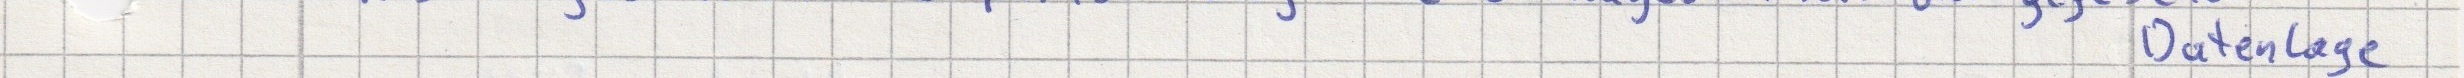
Datenlage